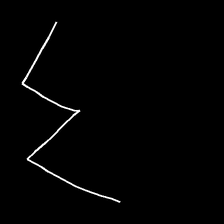
Glyph: crush